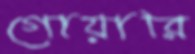
গোয়ারি